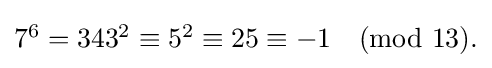
{\textstyle 7^{6}=343^{2}\equiv 5^{2}\equiv 25\equiv -1{\pmod {13}}.}